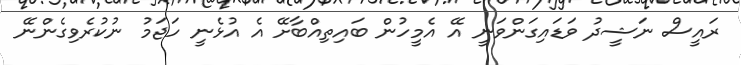
ރައީސް ނަޝީދު ވަޑައިގަންވަނީ އޭ އެމީހުން ބައިތިއްބާށޭ އެ އުޅެނީ ހަޖަމު ނުކުރެވިގެންނޭ